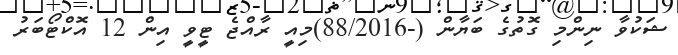
ޝަކުވާ ނިންމި ގޮތުގެ ބަޔާން (-88/2016)މިއީ ރާއްޖެ ޓީވީ އިން 12 އޮކްޓޯބަރު